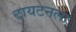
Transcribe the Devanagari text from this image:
टायटनला